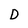
Character: D